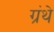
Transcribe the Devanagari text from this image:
ग्रंथे